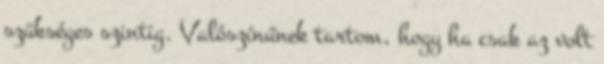
szükséges szintig. Valószínűnek tartom, hogy ha csak az volt